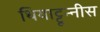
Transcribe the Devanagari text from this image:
थियाट्टून्नीस